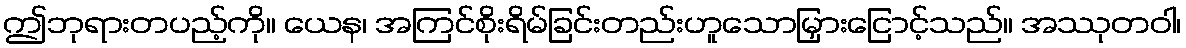
ဤဘုရားတပည့်ကို။ ယေန၊ အကြင်စိုးရိမ်ခြင်းတည်းဟူသောမြှားငြောင့်သည်။ အဿုတဝါ၊